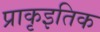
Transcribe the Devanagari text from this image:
प्राकृइतिक